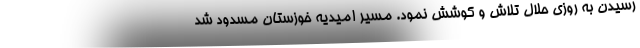
رسیدن به روزی حلال تلاش و کوشش نمود. مسیر امیدیه خوزستان مسدود شد